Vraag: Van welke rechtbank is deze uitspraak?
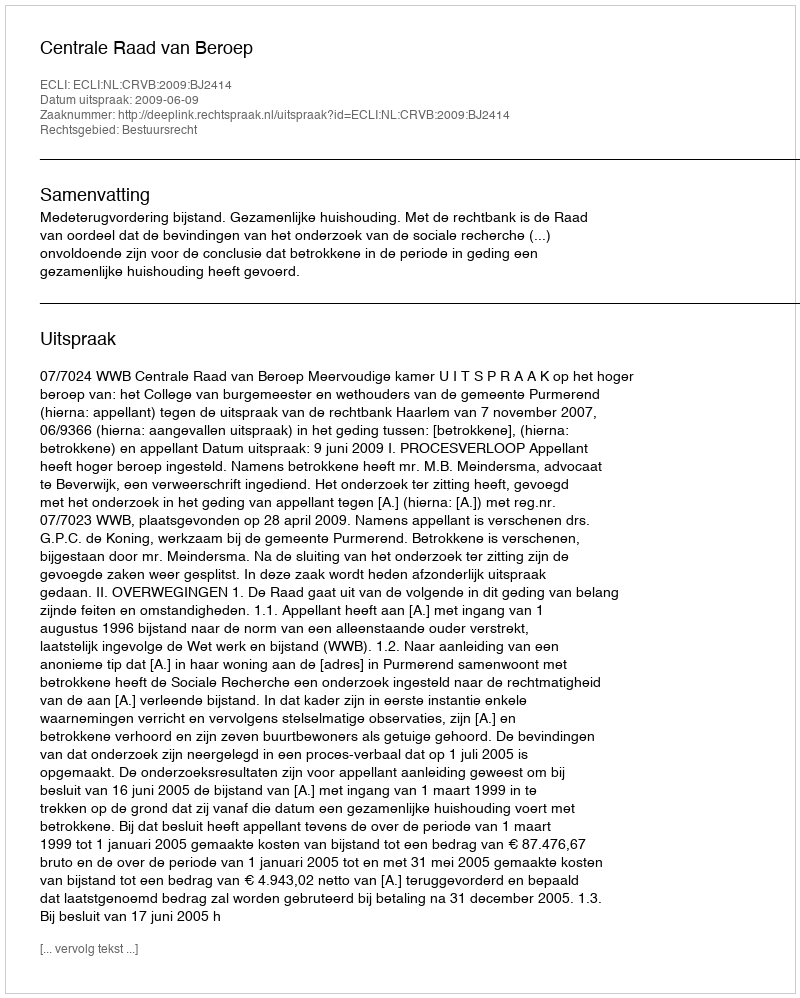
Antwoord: Centrale Raad van Beroep